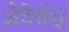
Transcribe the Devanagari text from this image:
अँटेरोचे